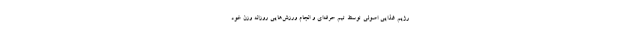
رژیم غذایی اصولی توسط تیم حرفه‌ای و انجام ورزش‌هایی روزانه وزن خود